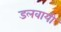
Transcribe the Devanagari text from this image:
डलवायी